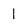
Character: 1